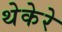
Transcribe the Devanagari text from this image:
थेकेरे